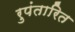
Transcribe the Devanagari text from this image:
रुपंतारित